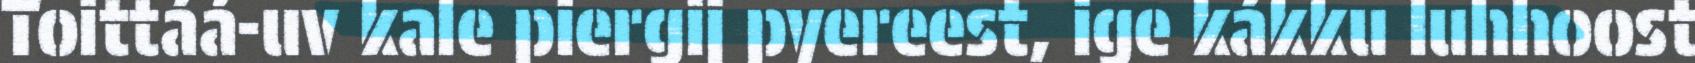
Toittáá-uv kale piergij pyereest, ige kákku luhhoost